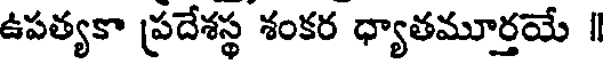
ఉపత్యకా ప్రదేశస్థ శంకర ధ్యాతమూర్తయే ॥